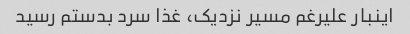
اینبار علیرغم مسیر نزدیک، غذا سرد بدستم رسید